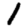
Digit: 1